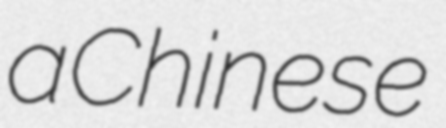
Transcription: a Chinese